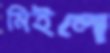
মিইলে